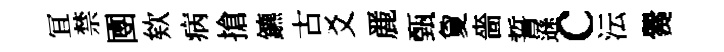
冝禁圑欸病搶鑣古爻䴡甄夐嗇誓遜c沄爨